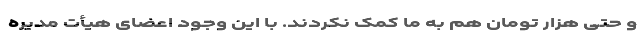
و حتی هزار تومان هم به ما کمک نکردند. با این وجود اعضای هیأت مدیره